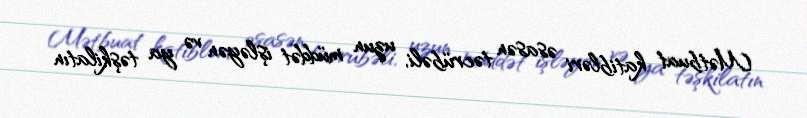
Mətbuat katibləri əsasən təcrübəli, uzun müddət işləyən və ya təşkilatın